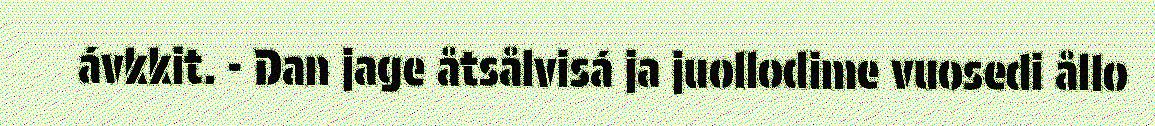
ávkkit. - Dan jage åtsålvisá ja juollodime vuosedi ållo